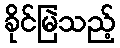
ခိုင်မြဲသည့်